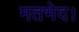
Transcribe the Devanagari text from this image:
मतभेद।